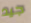
جيد